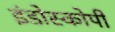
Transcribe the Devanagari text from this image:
इंडोस्कोपी